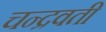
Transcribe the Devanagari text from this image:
चन्द्रवती